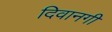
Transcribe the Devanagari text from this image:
दिवानगी